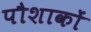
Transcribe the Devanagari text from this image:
पौशाकों